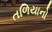
તળિયાનો